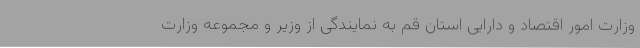
وزارت امور اقتصاد و دارایی استان قم به نمایندگی از وزیر و مجموعه وزارت